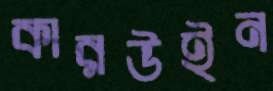
কারউইন